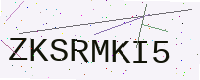
Text: ZKSRMKI5